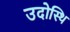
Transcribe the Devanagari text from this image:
उदोस्थि